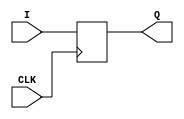
`timescale 1ns / 1ps
//////////////////////////////////////////////////////////////////////////////////
// Company: 
// Engineer: 
// 
// Design Name: 
// Module Name: PIPO
// Project Name: 
// Target Devices: 
// Tool Versions: 
// Description: 
// 
// Dependencies: 
// 
// Revision:
// Revision 0.01 - File Created
// Additional Comments:
// 
//////////////////////////////////////////////////////////////////////////////////


module PIPO(Q,I,CLK);
input [2:0]I;
input CLK;
output reg [2:0]Q;
always @(posedge CLK)
begin
    Q[2] <= I[2];
    Q[1] <= I[1];
    Q[0] <= I[0];
end
endmodule